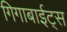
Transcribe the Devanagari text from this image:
गिगाबाईट्स